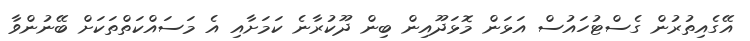
އޭގެއިތުރުން ގެސްޓުހައުސް އަޅަން މޮޅަދޫއިން ބިން ދޫކުރާނެ ކަމަށާއި އެ މަސައްކަތްތަކަށް ބޭނުންވާ